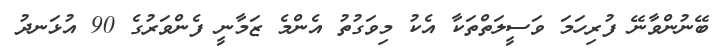
ބޭނުންވާނޭ ފުރިހަމަ ވަސީލަތްތަކާ އެކު މިވަގުތު އެންމެ ޒަމާނީ ފެންވަރުގެ 90 އުޅަނދު